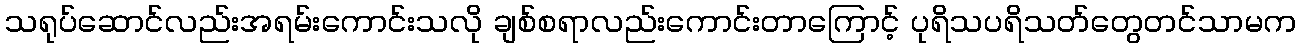
သရုပ်ဆောင်လည်းအရမ်းကောင်းသလို ချစ်စရာလည်းကောင်းတာကြောင့် ပုရိသပရိသတ်တွေတင်သာမက